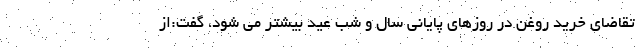
تقاضای خرید روغن در روزهای پایانی سال و شب عید بیشتر می شود، گفت:از